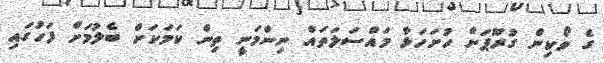
ގެ ވޯކިން ގުރޫޕަށް ހުށަހަޅާ މައްސަލަތައް ނިންމަނީ ތިން ކަމަކަށް ބެލުމަށް ފަހުގައި